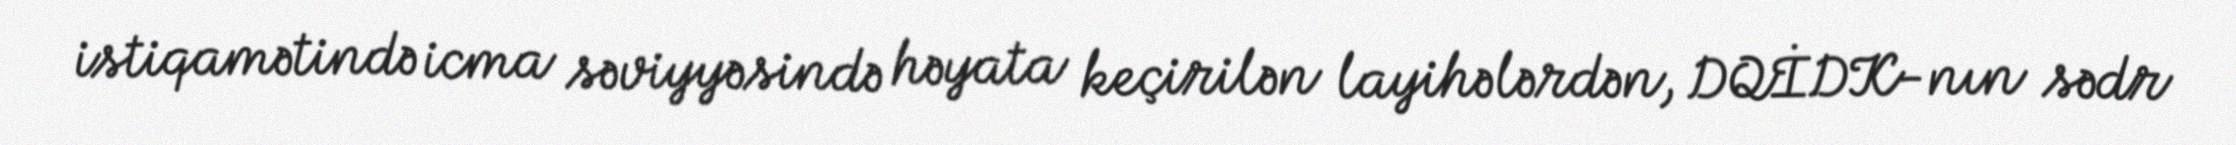
istiqamətində icma səviyyəsində həyata keçirilən layihələrdən, DQİDK-nın sədr